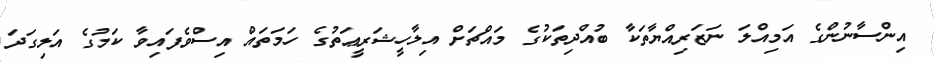
އިންސާނުންގެ އަމިއްލަ ނަޒަރިއްޔާތަކާ ބުއްދިތަކުގެ މައްޗަށް އިލާހީޝަރީޢަތުގެ ހަމަތައް އިސްވެފައިވާ ކަމުގެ އަލިގަދަ